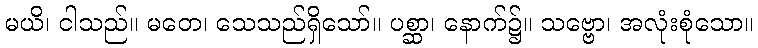
မယိ၊ ငါသည်။ မတေ၊ သေသည်ရှိသော်။ ပစ္ဆာ၊ နောက်၌။ သဗ္ဗော၊ အလုံးစုံသော။